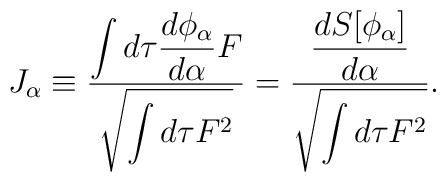
J_\alpha \equiv {\displaystyle \int d\tau {d \phi_\alpha \over d\alpha}F\over \displaystyle\sqrt{\int d\tau F^2}}= {\displaystyle{d S[\phi_\alpha] \over d\alpha} \over\displaystyle\sqrt{\int d\tau F^2}}.